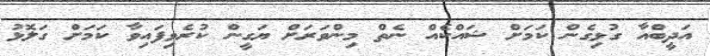
އަދީބްއާ ގުޅިގެން ކަމަށް ޝައްކެއް ނެތް މިންވަރަށް ޔަގީން ކުރެވިފައިވާ ކަމަށް ގަލޮޅު